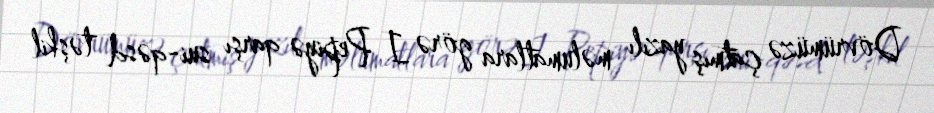
Dövrümüzə çatmış yazılı məlumatlara görə I Pepiyə qarşı sui-qəsd təşkil